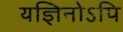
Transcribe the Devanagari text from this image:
यज्ञिनोऽपि